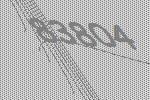
83804